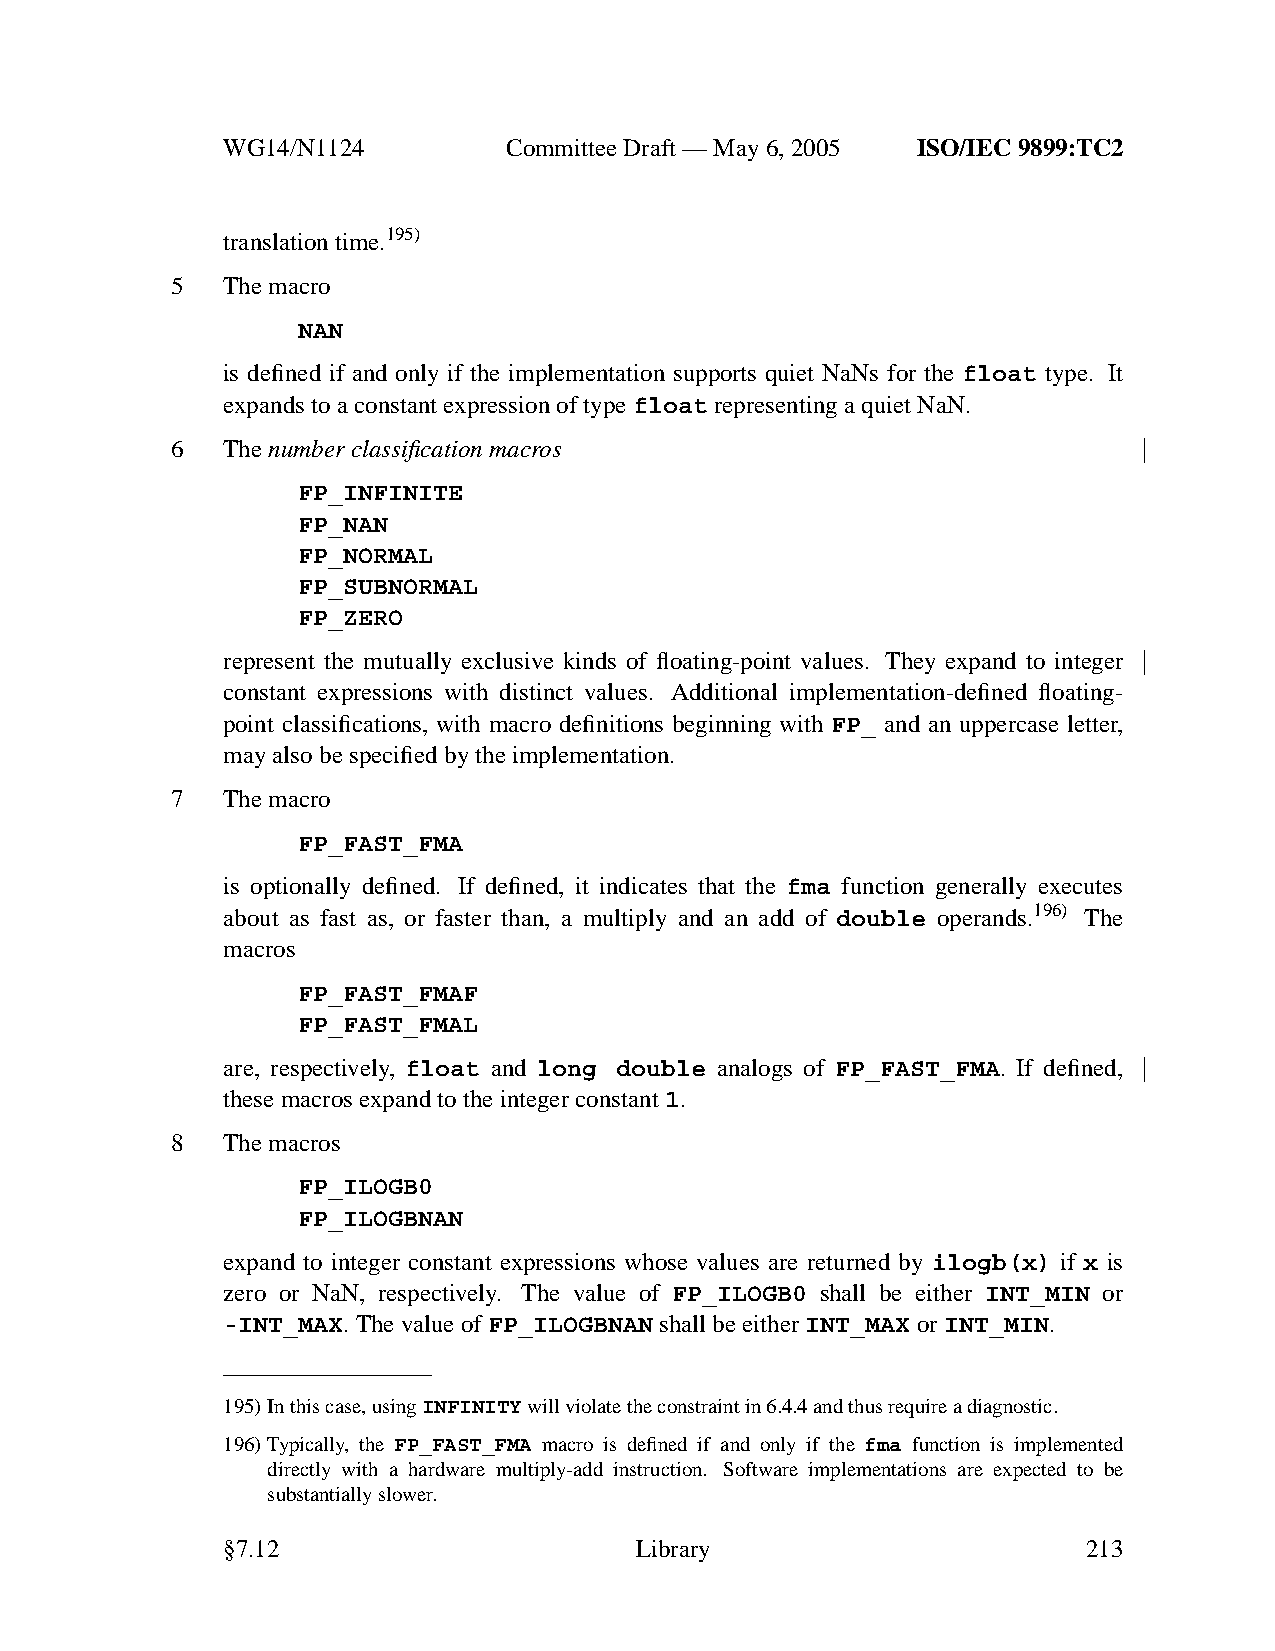
WG14/N1124        CommitteeDraft — May 6, 2005 ISO/IEC 9899:TC2
 translation time.195)
 5   The macro
 NAN
 is defined if and only if the implementation supports quiet NaNs for the float type. It
 expands to a constant expression of typefloat representing a quiet NaN.
 6   Thenumber classification macros
 FP_INFINITE
 FP_NAN
 FP_NORMAL
 FP_SUBNORMAL
 FP_ZERO
 represent the mutually exclusive kinds of floating-point values. They expand to integer
 constant expressions with distinct values. Additional implementation-defined floating-
 point classifications, with macro definitions beginning with FP_ and an uppercase letter,
 may also be specified by the implementation.
 7   The macro
 FP_FAST_FMA
 is optionally defined. If defined, it indicates that the fma function generally executes
 about as fast as, or faster than, a multiply and an add of double operands.196) The
 macros
 FP_FAST_FMAF
 FP_FAST_FMAL
 are, respectively, float and long double analogs of FP_FAST_FMA. If defined,
 these macros expand to the integer constant1.
 8   The macros
 FP_ILOGB0
 FP_ILOGBNAN
 expand to integer constant expressions whose values are returned by ilogb(x) if x is
 zero or NaN, respectively. The value of FP_ILOGB0 shall be either INT_MIN or
 -INT_MAX.The value of FP_ILOGBNAN shall be eitherINT_MAX orINT_MIN.
 195)In this case, usingINFINITYwill violate the constraint in 6.4.4 and thus require a diagnostic.
 196)Typically, the FP_FAST_FMA macro is defined if and only if the fma function is implemented
 directly with a hardware multiply-add instruction. Software implementations are expected to be
 substantially slower.
 §7.12                      Library                       213